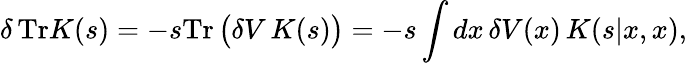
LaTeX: \delta\, \mathrm{Tr}K(s)=-s\mathrm{Tr}\, \big(\delta V\, K(s)\big)=-s\int dx\, \delta V(x)\, K(s|x,x),